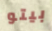
بيتو